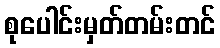
စုပေါင်းမှတ်တမ်းတင်